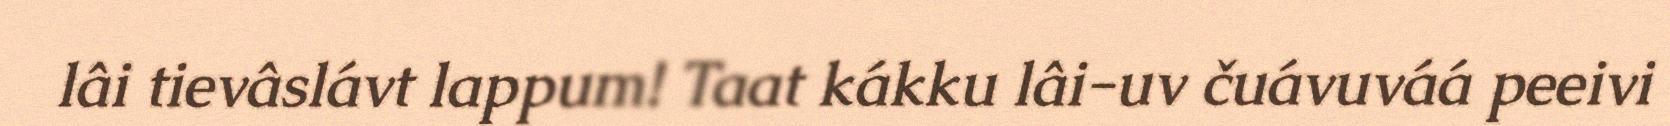
lâi tievâslávt lappum! Taat kákku lâi-uv čuávuváá peeivi